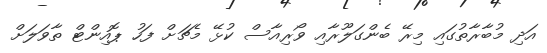
އަދި މުބާރާތުގައި މިރޭ ބެންގަލޫރާއި ވޯރިއާސް ކުޅޭ މެޗަށް ފަހު ޕޮއިންޓް ތާވަލަށް